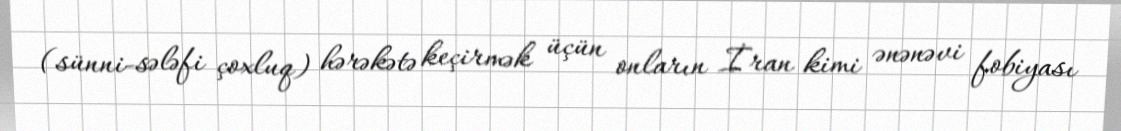
(sünni-sələfi çoxluq) hərəkətə keçirmək üçün onların İran kimi ənənəvi fobiyası